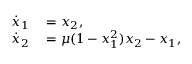
\begin{array} { r l } { \dot { x } _ { 1 } } & { { } = x _ { 2 } , } \\ { \dot { x } _ { 2 } } & { { } = \mu ( 1 - x _ { 1 } ^ { 2 } ) x _ { 2 } - x _ { 1 } , } \end{array}